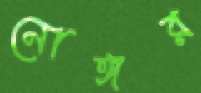
নোঙ্গর